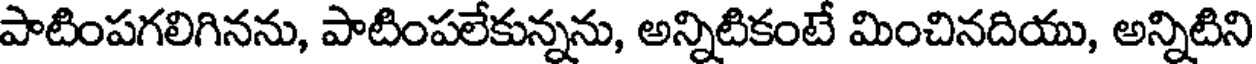
పాటింపగలిగినను, పాటింపలేకున్నను, అన్నిటికంటే మించినదియు, అన్నిటిని